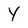
Character: Y